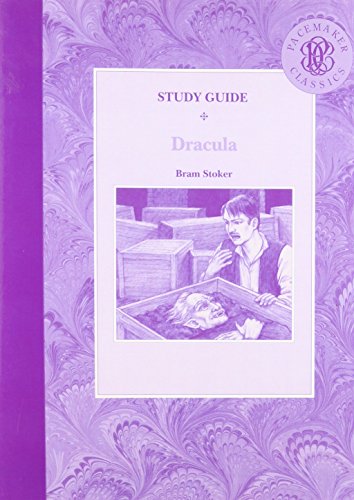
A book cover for PACEMAKER CLASSICS DRACULA SG 95C (Pacemaker Classics Study Guides); FEARON; Teen & Young Adult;